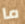
ما